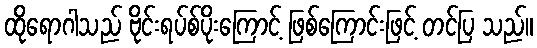
ထိုရောဂါသည် ဗိုင်းရပ်စ်ပိုးကြောင့် ဖြစ်ကြောင်းဖြင့် တင်ပြ သည်။